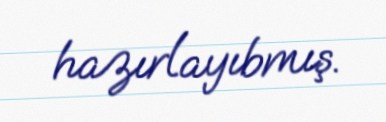
hazırlayıbmış.